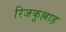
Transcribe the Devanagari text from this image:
रिजकुल्लाह